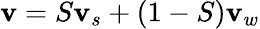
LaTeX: {\mathbf v}=S{\mathbf v}_{s}+(1-S){\mathbf v}_{w}